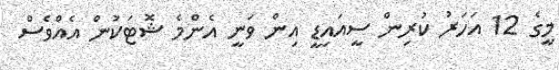
މީގެ 12 އަހަރު ކުރިން ސީއައިޑީ އިން ވަނީ އެންމެ ޝޮޓަކުން އެއްވެސް